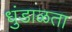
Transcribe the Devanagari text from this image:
धुंडाळता